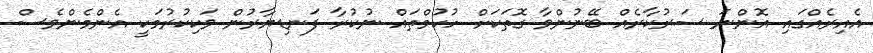
އެއިރެއްގައި އޮންނަ ސަރުކާރެއް ބޭނުންވާ ގޮތަކަށް ހުކުމްތައް ނުކުރާ ފަނޑިޔާރުން ވަކިކުރުމަކީ އެންމެންވެސް